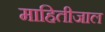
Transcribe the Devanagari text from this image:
माहितीजाल